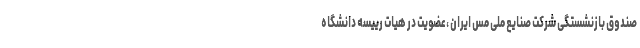
صندوق بازنشستگی شرکت صنایع ملی مس ایران ،عضویت در هیات رییسه دانشگاه